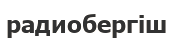
радиобергіш